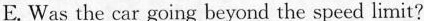
E. Was the car going beyond the speed limit?